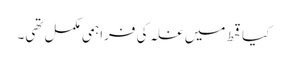
کیاقحط میں غلہ کی فراہمی مکمل تھی۔